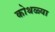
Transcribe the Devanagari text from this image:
कोथळ्या